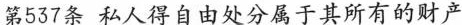
第537条私人得自由处分属于其所有的财产